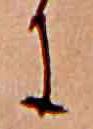
に